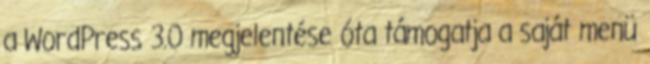
a WordPress 3.0 megjelentése óta támogatja a saját menü